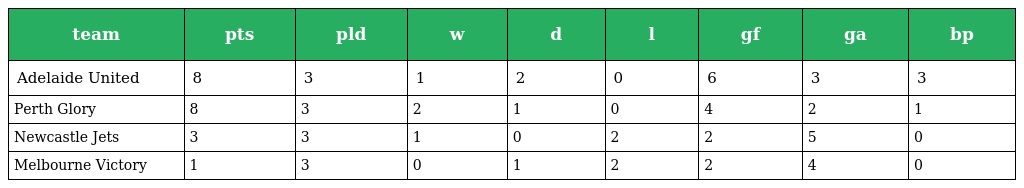
| team | pts | pld | w | d | l | gf | ga | bp |
 | --- | --- | --- | --- | --- | --- | --- | --- | --- |
 | Adelaide United | 8 | 3 | 1 | 2 | 0 | 6 | 3 | 3 |
 | Perth Glory | 8 | 3 | 2 | 1 | 0 | 4 | 2 | 1 |
 | Newcastle Jets | 3 | 3 | 1 | 0 | 2 | 2 | 5 | 0 |
 | Melbourne Victory | 1 | 3 | 0 | 1 | 2 | 2 | 4 | 0 |